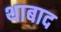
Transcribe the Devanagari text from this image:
थाबाद